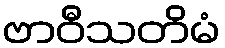
ဗာဝီသတိမံ